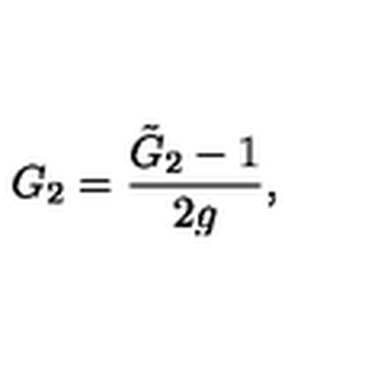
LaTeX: G _ { 2 } = \frac { { \tilde { G } } _ { 2 } - 1 } { 2 g } ,